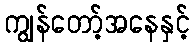
ကျွန်တော့်အနေနှင့်